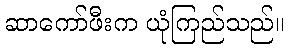
ဆာကော်ဖီးက ယုံကြည်သည်။